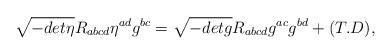
LaTeX: \begin{align*}\sqrt{-det\eta}R_{abcd}\eta^{ad}g^{bc}=\sqrt{-detg}R_{abcd}g^{ac}g^{bd}+(T.D),\end{align*}